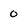
Character: 0